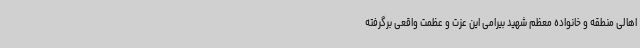
اهالی منطقه و خانواده معظم شهید بیرامی این عزت و عظمت واقعی برگرفته